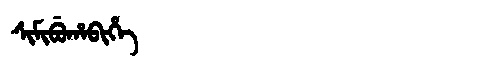
Manchu: ᠰᡳᠮᡳᠪᡠᡥᠠᠪᡳᡥᡝ
Romanization: SIMIBUHABIHE